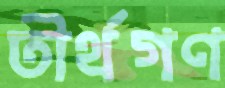
তীর্থগণ